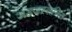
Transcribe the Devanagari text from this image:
अंडजस्तनिन